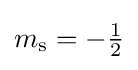
m_{\mathrm {s} }=-{\tfrac {1}{2}}